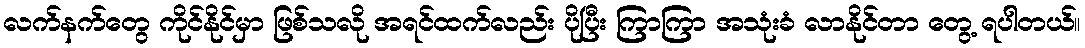
လက်နက်တွေ ကိုင်နိုင်မှာ ဖြစ်သလို အရင်ထက်လည်း ပိုပြီး ကြာကြာ အသုံးခံ လာနိုင်တာ တွေ့ ရပါတယ်။